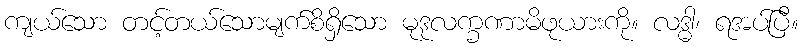
ကျယ်သော တင့်တယ်သောမျက်စိရှိသော မုဒုလက္ခဏာမိဖုယားကို။ လဒ္ဓါ၊ ရအပ်ပြီ။